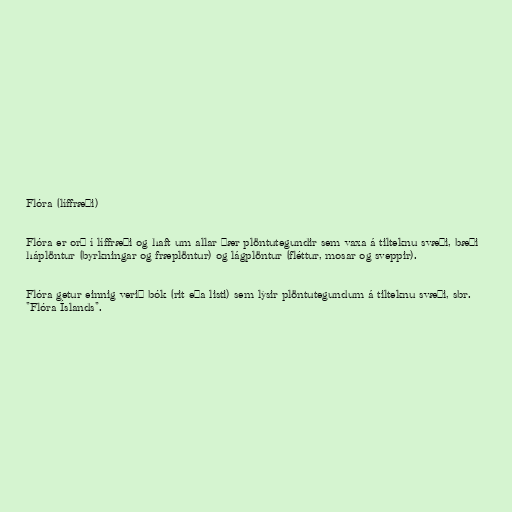
Flóra (líffræði)

Flóra er orð í líffræði og haft um allar þær plöntutegundir sem vaxa á tilteknu svæði, bæði
háplöntur (byrkningar og fræplöntur) og lágplöntur (fléttur, mosar og sveppir).

Flóra getur einnig verið bók (rit eða listi) sem lýsir plöntutegundum á tilteknu svæði, sbr.
"Flóra Íslands".